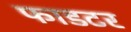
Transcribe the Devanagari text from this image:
फाडटर